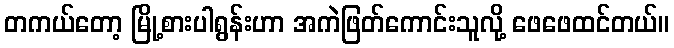
တကယ်တော့ မြို့စားပါရွန်းဟာ အကဲဖြတ်ကောင်းသူလို့ ဖေဖေထင်တယ်။